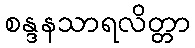
စန္ဒနသာရလိတ္တာ